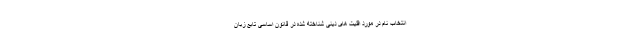
انتخاب نام در مورد اقلیت های دینی شناخته شده در قانون اساسی تابع زبان